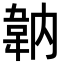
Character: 䪏